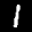
Label: 1